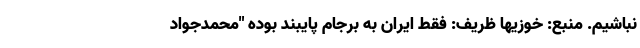
نباشیم. منبع: خوزیها ظریف: فقط ایران به برجام پایبند بوده "محمدجواد